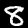
Label: 8